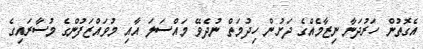
އެގޮތުން ހަރުދަނާ ނިޒާމެއްގެ ދަށުން ހިދުމަތް ނުދެވޭ މައްސަލަ އާއި މުވައްޒަފުންގެ މުސާރައިގެ